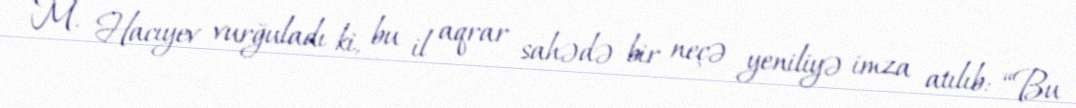
M. Hacıyev vurğuladı ki, bu il aqrar sahədə bir neçə yeniliyə imza atılıb: “Bu